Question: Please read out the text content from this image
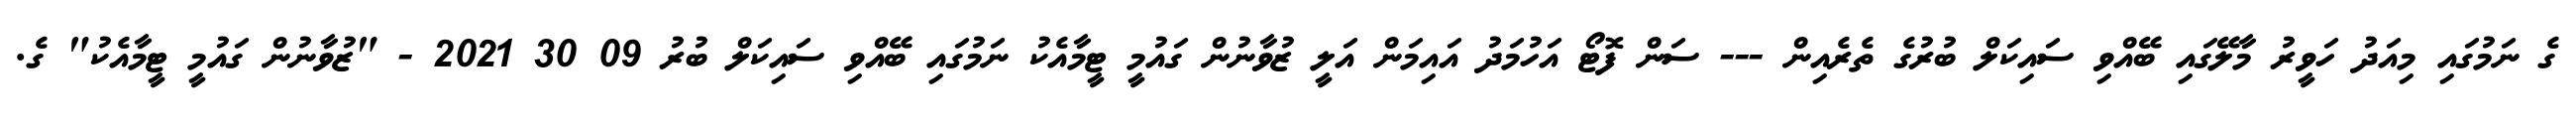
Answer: ގެ ނަމުގައި މިއަދު ހަވީރު މާލޭގައި ބޭއްވި ސައިކަލް ބުރުގެ ތެރެއިން --- ސަން ފޮޓޯ އަހުމަދު އައިމަން އަލީ ޒުވާނުން ގައުމީ ޓީމާއެކު ނަމުގައި ބޭއްވި ސައިކަލް ބުރު 09 30 2021 - "ޒުވާނުން ގައުމީ ޓީމާއެކު" ގެ.